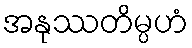
အနုဿတိမ္ပဟံ